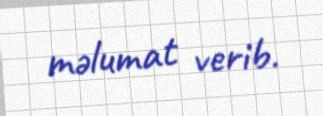
məlumat verib.